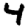
Digit: 4